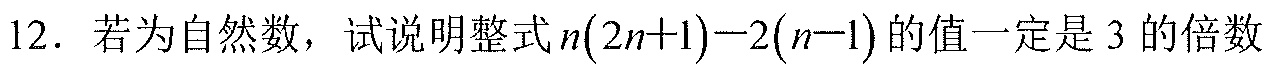
12. 若\(n\)为自然数，试说明整式\(n(2n + 1)-2(n - 1)\)的值一定是\(3\)的倍数